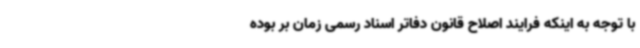
با توجه به اینکه فرایند اصلاح قانون دفاتر اسناد رسمی زمان بر بوده